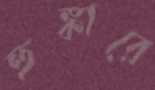
হুঙ্কারে